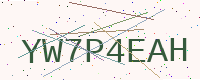
Text: YW7P4EAH